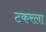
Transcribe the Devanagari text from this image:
टकरला